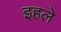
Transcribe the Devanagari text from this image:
इहले